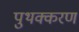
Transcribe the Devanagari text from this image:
पुथक्करण